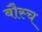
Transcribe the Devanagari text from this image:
बौस्च